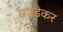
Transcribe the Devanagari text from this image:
सारडेकर